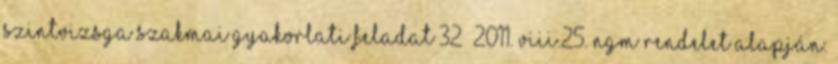
SZINTVIZSGA SZAKMAI GYAKORLATI FELADAT 32 2011. VIII.25. NGM rendelet alapján.